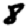
Digit: 8